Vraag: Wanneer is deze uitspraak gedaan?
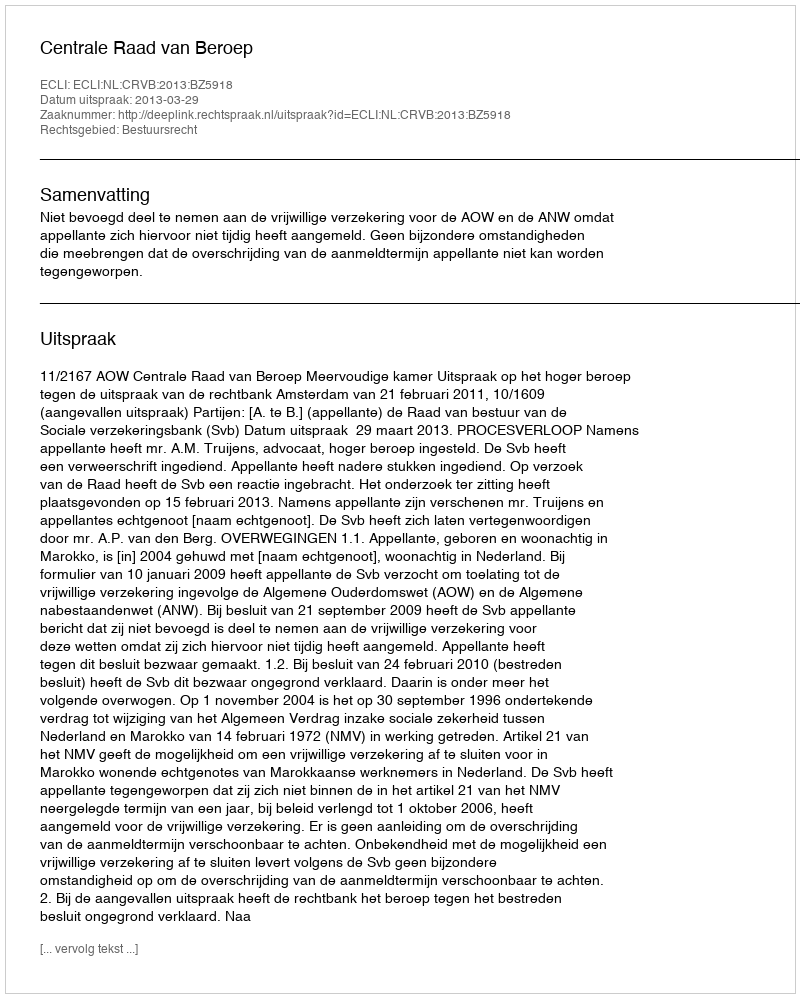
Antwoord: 2013-03-29